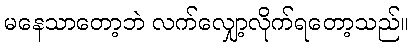
မနေသာတော့ဘဲ လက်လျှော့လိုက်ရတော့သည်။